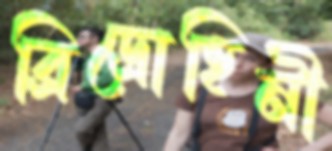
ব্রিদ্রোহিনী